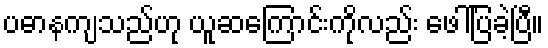
ပဓာနကျသည်ဟု ယူဆကြောင်းကိုလည်း ဖေါ်ပြခဲ့ပြီ။